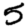
Digit: 5